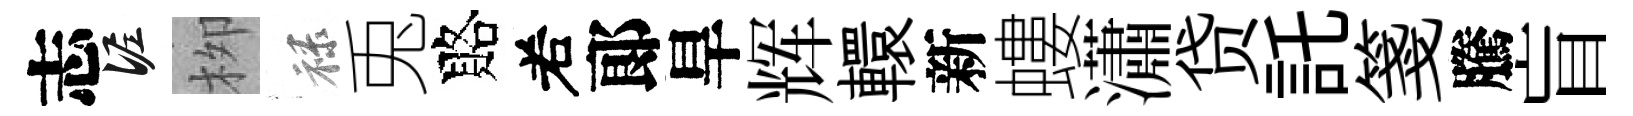
志泥栁禄兎賂𠰥郞旱辉轘新螻瀟贷託箋騰盲